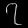
Digit: ၇